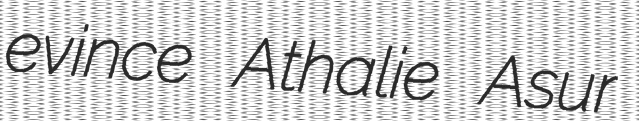
evince Athalie Asur